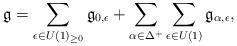
LaTeX: \begin{align*} \mathfrak{g}=\sum_{\epsilon \in U(1)_{\geq 0}} \mathfrak{g}_{0, \epsilon}+\sum_{\alpha \in \Delta^+}\sum_{\epsilon \in U(1)} \mathfrak{g}_{\alpha, \epsilon},\end{align*}